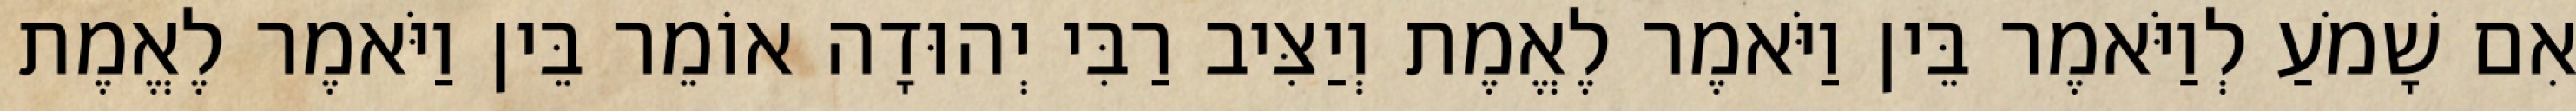
אִם שָׁמֹעַ לְוַיֹּאמֶר בֵּין וַיֹּאמֶר לֶאֱמֶת וְיַצִּיב רַבִּי יְהוּדָה אוֹמֵר בֵּין וַיֹּאמֶר לֶאֱמֶת